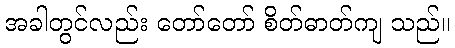
အခါတွင်လည်း တော်တော် စိတ်ဓာတ်ကျ သည်။